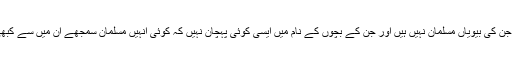
بھارت کے وہ بڑئے مسلم اداکار جن کے ناموں کے ساتھ ’خان‘ کا تغرالگا ہوا ہے اور جن کی بیویاں مسلمان نہیں ہیں اور جن کے بچوں کے نام میں ایسی کوئی پہچان نہیں کہ کوئی انہیں مسلمان سمجھے ان میں سے کبھی بھی کسی کویہ توفیق نہیں ہوئی کہ کسی جائز بات پر بھی پاکستان کی حمایت کریں۔